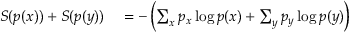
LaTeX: \begin{array} { r l } { S ( p ( x ) ) + S ( p ( y ) ) } & { { } = - \left( \sum _ { x } p _ { x } \log p ( x ) + \sum _ { y } p _ { y } \log p ( y ) \right) } \end{array}